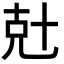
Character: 兙